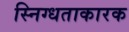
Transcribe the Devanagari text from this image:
स्निग्धताकारक